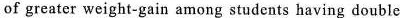
of greater weight-gain among students having double